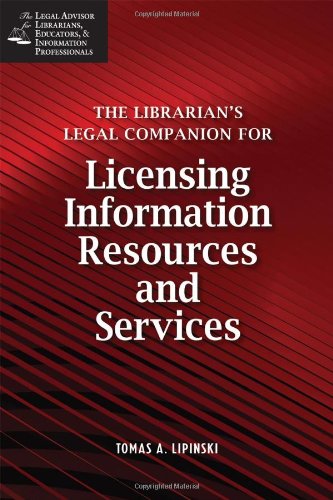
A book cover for The Librarian's Legal Companion for Licensing Information Resources and Services (Legal Advisor for Librarians, Educators, and Information Pro); Tomas A. Lipinski; Law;